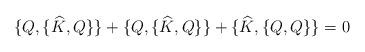
LaTeX: \begin{align*}\{Q,\{\widehat{K},Q\}\}+\{Q,\{\widehat{K},Q\}\}+\{\widehat{K},\{Q,Q\}\}=0\end{align*}